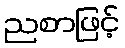
ညစာဖြင့်